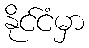
နိုင်ငံမှာ